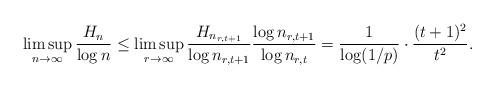
LaTeX: \begin{align*} \limsup_{n\to\infty} \frac{H_n}{\log n} \leq \limsup_{r\to\infty} \frac{H_{n_{r,t+1}}}{\log n_{r,t+1}} \frac{\log n_{r,t+1}}{\log n_{r,t}} = \frac{1}{\log(1/p)} \cdot \frac{(t+1)^2}{t^2}.\end{align*}